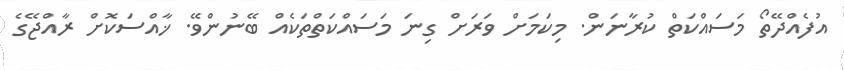
އުފެއްދޭތޯ މަސައްކަތް ކުރާނަން. މިކަމަށް ވަރަށް ގިނަ މަސައްކަތްތަކެއް ބޭނުންވޭ. ޚާއްސަކޮށް ރާއްޖޭގެ